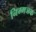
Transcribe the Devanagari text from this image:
निम्मजक